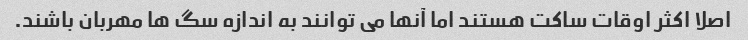
اصلا اکثر اوقات ساکت هستند اما آنها می توانند به اندازه سگ ها مهربان باشند.